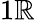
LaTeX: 1\mathbb{R}